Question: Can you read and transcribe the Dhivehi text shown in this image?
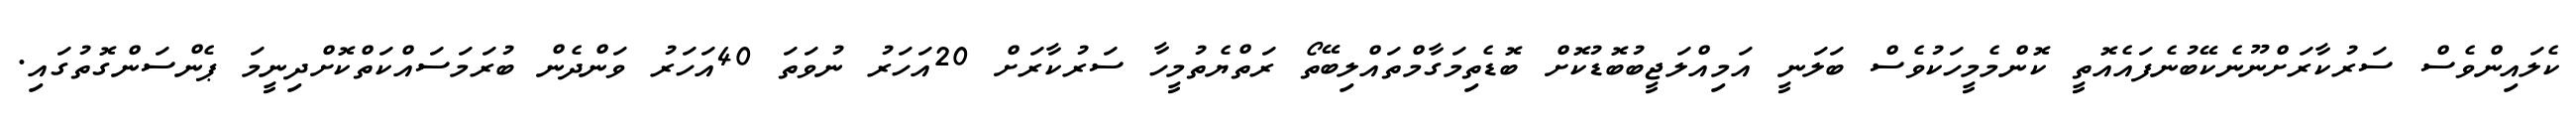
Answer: ކެލައިންވެސް ސަރުކާރަށްނޫނެކޭބުނެފައެއޮތީ ކޮންމެމީހަކުވެސް ބަލަނީ އަމިއްލަޖީބުބޮޑުކޮށް ބޮޑެތިމަގާމްތައްލިބޭތޯ ރަތްޔެތުމީހާ ސަރުކާރަށް 20އަހަރު ނުވަތަ 40އަހަރު ވަންދެން ބުރަމަސައްކަތްކޮށްދިނީމަ ޕެންސަންގޮތުގައި.